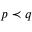
\boldsymbol { p } \prec \boldsymbol { q }